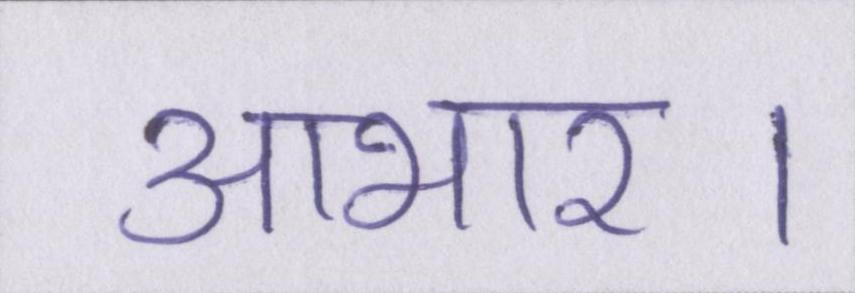
आभार।